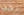
يجب